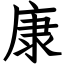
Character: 康